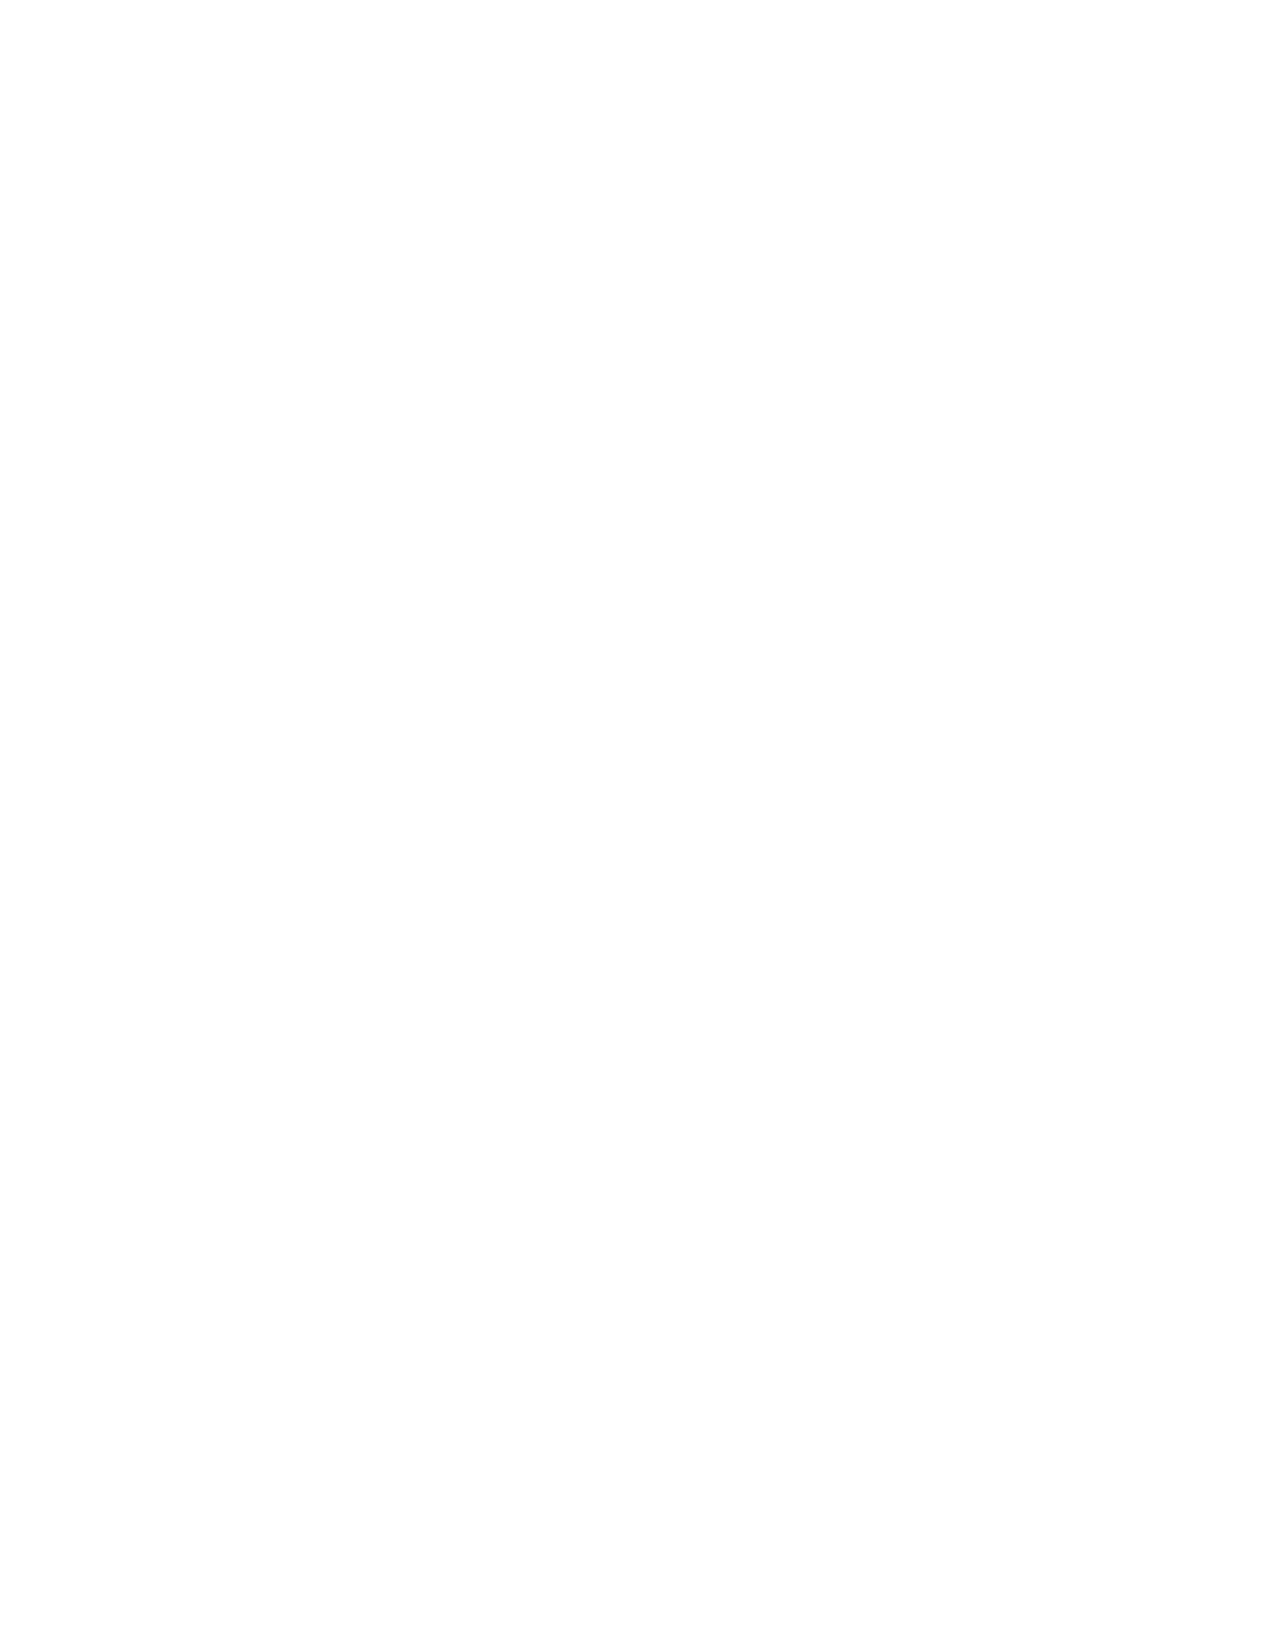
Table    of Contents
 Quick Start Guide ................................................................vii
 Part 1: A Broken Woman and a Grace-less Man
 1.  Grace for a Broken Woman (Luke 7:36-39) .............................................3
 2.  The Basis of Grace (Luke 7:40-44) ...................................................15
 3.  Truth for a Grace-less Man (Luke 7:44-46) .............................................25
 Part 2: A Lost Son and an Angry Son
 4.  Teaching the Law to a Law-less Son (Luke 15:11-16) ......................................39
 5.  Showing Grace to a Messed Up Son (Luke 15:17-24) .....................................51
 6.  Showing Grace to a Grace-less Son (Luke 15:25-32) ......................................65
 7.  Allergic to Grace (Luke 15:11-32) ....................................................75
 Part 3: The Pharisee and the Tax Collector
 8.  Grace-Resistant or Grace-Receptive (Luke 18:9-14) .......................................87
 9.  The Ground for Grace (Romans 3:22-28) ..............................................97
 Part 4: A Blind Man
 10. Crying for Grace (Luke 18:35-43) ...................................................109
 Part 5: A Tax Collector
 11. Intrusive Grace (Luke 19:1-5) ......................................................121
 12. Responding to Grace (Luke 19:6-10) .................................................133
 13. Grace to Repent (Luke 19: 1-10) ....................................................141
 Part 6: The Good Samaritan
 14. How Inclusive Is Grace? (Luke 10:25-29) .............................................151
 15. Grace Looks (Luke 10:30-33) ......................................................161
 16. Grace Binds Itself (Luke 10:30-35) ..................................................169
 17. Discovering the Objects of Grace (Luke 10:25-37) ......................................177
 Part 7: Mary & Martha
 18. Resting in Grace (Luke 10:38-42) ...................................................189
 Appendix: Definitions of Key Words ................................................199
 Bibliography ....................................................................201